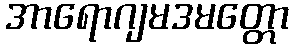
အာရောဂျမဒမတ္တော